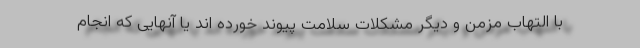
با التهاب مزمن و دیگر مشکلات سلامت پیوند خورده اند یا آنهایی که انجام